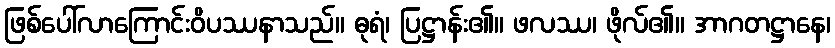
ဖြစ်ပေါ်လာကြောင်းဝိပဿနာသည်။ ဓုရံ၊ ပြဋ္ဌာန်း၏။ ဖလဿ၊ ဖိုလ်၏။ အာဂတဋ္ဌာနေ၊